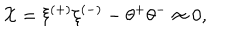
LaTeX: { \cal X } = \xi ^ { ( + ) } \xi ^ { ( - ) } - \theta ^ { + } \theta ^ { - } \approx 0 ,